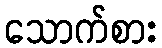
သောက်စား